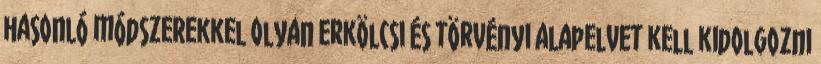
hasonló módszerekkel olyan erkölcsi és törvényi alapelvet kell kidolgozni